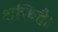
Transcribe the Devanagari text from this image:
शक्तिहै।